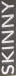
SKINNY